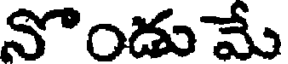
నొండు మే